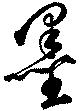
墨